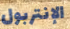
الإنتربول